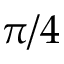
\pi / 4